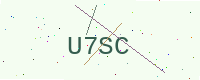
Text: U7SC